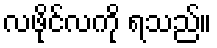
လဖိုင်လကို ရသည်။